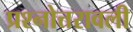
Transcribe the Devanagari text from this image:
प्रश्नोत्तरावली